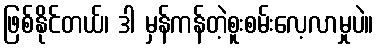
ဖြစ်နိုင်တယ်၊ ဒါ မှန်ကန်တဲ့စူးစမ်းလေ့လာမှုပဲ။